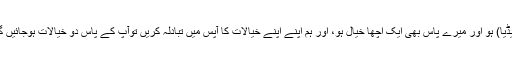
اگر آپ کے پاس ایک اچھا خیال (آئیڈیا) ہو اور میرے پاس بھی ایک اچھا خیال ہو، اور ہم اپنے اپنے خیالات کا آپس میں تبادلہ کریں توآپ کے پاس دو خیالات ہوجائیں گے اور میرے پاس بھی دو خیالات۔